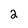
Character: 2